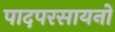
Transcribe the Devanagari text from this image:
पादपरसायनों